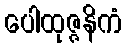
ပေါထုဇ္ဇနိကံ